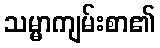
သမ္မာကျမ်းစာ၏